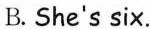
B. She's six.